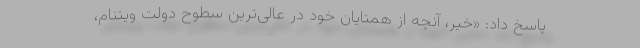
پاسخ داد: «خیر، آنچه از همتایان خود در عالی‌ترین سطوح دولت ویتنام،